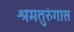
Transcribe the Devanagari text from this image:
श्रमतुरुंगास